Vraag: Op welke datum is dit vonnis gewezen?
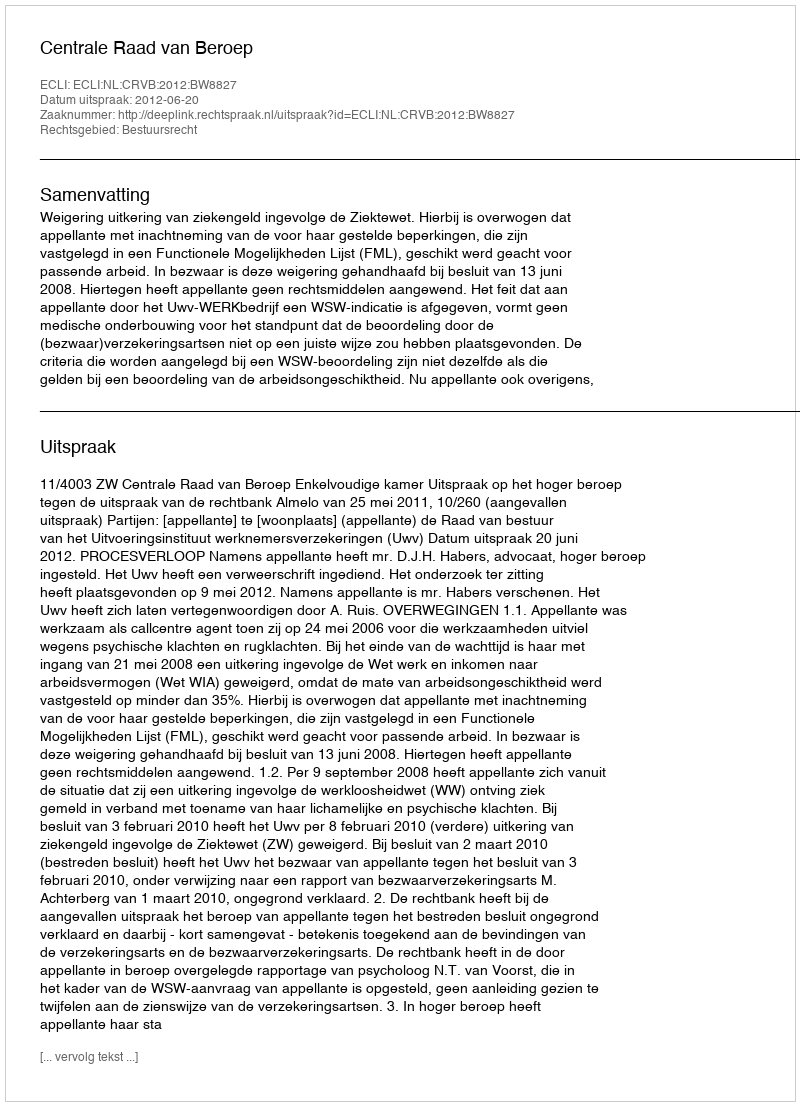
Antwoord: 2012-06-20